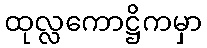
ထုလ္လကောဋ္ဌိကမှာ